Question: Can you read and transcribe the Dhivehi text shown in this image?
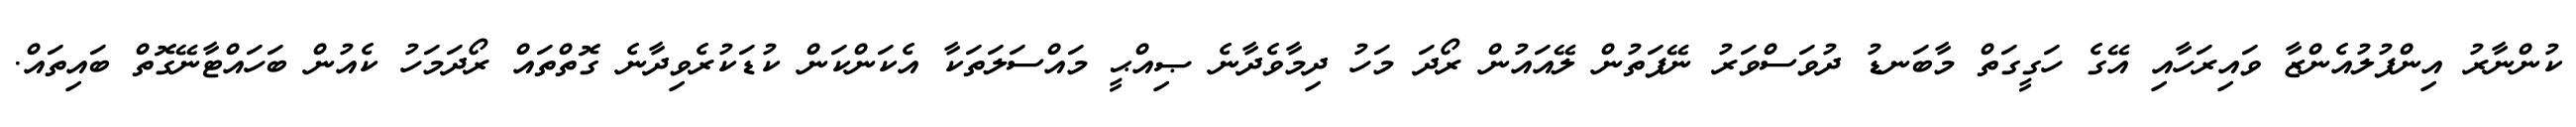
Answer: ކުންނާރު އިންފުލުއެންޒާ ވައިރަހާއި އޭގެ ހަގީގަތް މާބަނޑު ދުވަސްވަރު ނޭފަތުން ލޭއައުން ރޯދަ މަހު ދިމާވެދާނެ ޞިއްޙީ މައްސަލަތަކާ އެކަންކަން ކުޑަކުރެވިދާނެ ގޮތްތައް ރޯދަމަހު ކެއުން ބަހައްޓާނޭގޮތް ބައިތައް.